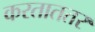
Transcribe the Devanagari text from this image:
करताततर